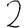
Digit: 2